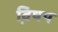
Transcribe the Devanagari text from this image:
वि़षय